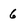
Character: 6